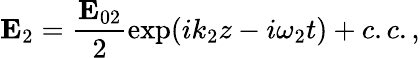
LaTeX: {\mathbf E}_{2}=\frac{{\mathbf E}_{02}}{2}\exp(ik_{2}z-i\omega_{2}t)+c.c.,